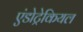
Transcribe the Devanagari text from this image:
एंडोट्रेकियल